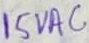
Text: 15VAC